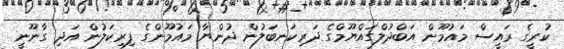
ކުރީގެ ރައީސް މައުމޫން އަބްދުލްގައްޔޫމްގެ ދަރިކަނބަލުން ދުންޔާ މައުމޫންގެ ފިރިކަލުން އަދި ގާނޫނީ